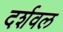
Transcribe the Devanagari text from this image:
दर्शवल